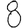
Digit: 8